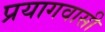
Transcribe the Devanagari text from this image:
प्रयागवासी